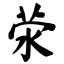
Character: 荥